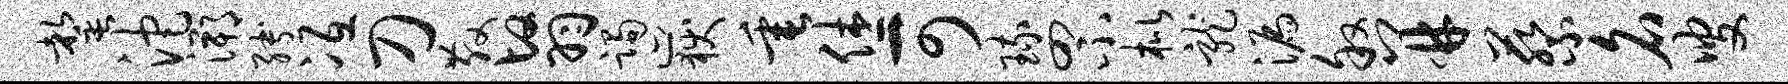
罄沱溯缚冱刀散翳躅岳垂休可琉罘枇龙漏叙并蔡名叟